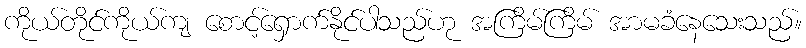
ကိုယ်တိုင်ကိုယ်ကျ စောင့်ရှောက်နိုင်ပါသည်ဟု အကြိမ်ကြိမ် အာမခံနေသေးသည်။